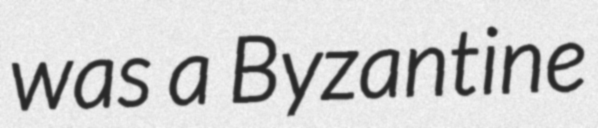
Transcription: was a Byzantine